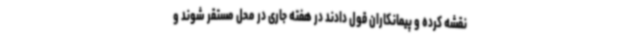
نقشه کرده و پیمانکاران قول دادند در هفته جاری در محل مستقر شوند و